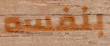
بنفسه